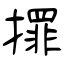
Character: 𢶀